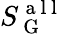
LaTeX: S_{\mathrm{~G~}}^{\mathrm{~a~l~l~}}